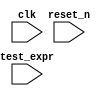
/*
 This incorrect code causes iverilog 20070421 and earlier to dump core.

  $ iverilog -t null empty_param.v
  Segmentation Fault - core dumped
 */

module param_test (clk, reset_n, test_expr);
    parameter severity_level = 1;
    parameter width = 32;
    parameter property_type  = 0;

    input     clk, reset_n;
    input [width-1:0] test_expr;

endmodule

module empty_param;
    reg clk;
    reg [3:0] fsm;

   // An empty parameter like is easy to cause with an undefined macro
   // expanding to null

    param_test #( , 4) submod(clk, 1'b1, fsm);

   initial begin
      if (submod.severity_level !== 1) begin
	 $display("FAILED -- severity_level = %d", submod.severity_level);
	 $finish;
      end

      if (submod.width !== 4) begin
	 $display("FAILED -- width = %d", submod.width);
	 $finish;
      end

      if (submod.property_type !== 0) begin
	 $display("FAILED -- property_type = %d", submod.property_type);
	 $finish;
      end

      $display("PASSED");
      $finish;
   end // initial begin

endmodule



/* Copyright (C) 1999 Stephen G. Tell
 *
 * This program is free software; you can redistribute it and/or modify
 * it under the terms of the GNU General Public License as published by
 * the Free Software Foundation; either version 2, or (at your option)
 * any later version.
 * n
 * This program is distributed in the hope that it will be useful,
 * but WITHOUT ANY WARRANTY; without even the implied warranty of
 * MERCHANTABILITY or FITNESS FOR A PARTICULAR PURPOSE.  See the
 * GNU General Public License for more details.
 *
 * You should have received a copy of the GNU General Public License
 * along with this software; see the file COPYING.  If not, write to
 * the Free Software Foundation, Inc., 59 Temple Place, Suite 330,
 * Boston, MA 02111-1307 USA
 *
 */